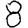
Digit: 8